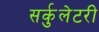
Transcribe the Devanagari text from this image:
सर्कुलेटरी